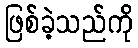
ဖြစ်ခဲ့သည်ကို